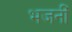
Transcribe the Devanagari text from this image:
भजनीं